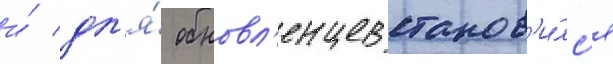
и́ дл'я́ обновл'енцев станов'и́лс'я